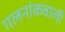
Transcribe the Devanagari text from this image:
गलनांकवाली